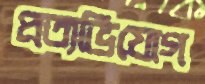
প্রত্যভিযোগ